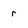
Character: r